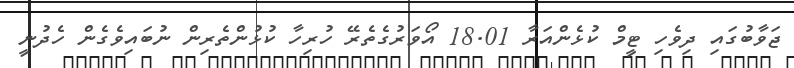
ޖަވާބުގައި ދިވެހި ޓީމް ކުޅެންއަރާ 18.01 އޯވަރުގެތެރޭ ހުރިހާ ކުޅުންތެރިން ނުބައިވެގެން ހެދުނީ